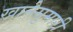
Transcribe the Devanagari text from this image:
खानेसुमारी